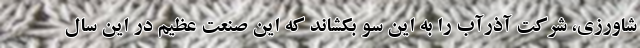
شاورزی، شرکت آذرآب را به این سو بکشاند که این صنعت عظیم در این سال